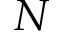
N